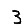
Digit: 3